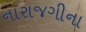
નારાજગીના